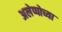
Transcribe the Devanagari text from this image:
अलेप्पोच्या